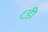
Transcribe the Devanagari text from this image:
८डी